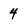
Character: 4